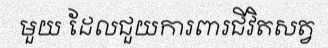
មួយ ដែលជួយការពារជីវិតសត្វ